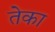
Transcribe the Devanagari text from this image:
तेका